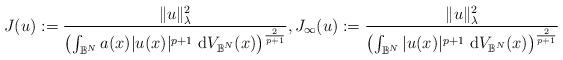
LaTeX: \begin{align*}J(u):=\frac{\|u\|_{\lambda}^{2}}{\left(\int_{\mathbb{B}^{N}} a(x)|u(x)|^{p+1} \mathrm{~d} V_{\mathbb{B}^{N}}(x)\right)^{\frac{2}{p+1}}}, J_{\infty}(u):=\frac{\|u\|_{\lambda}^{2}}{\left(\int_{\mathbb{B}^{N}}|u(x)|^{p+1} \mathrm{~d} V_{\mathbb{B}^{N}}(x)\right)^{\frac{2}{p+1}}} \\ \end{align*}